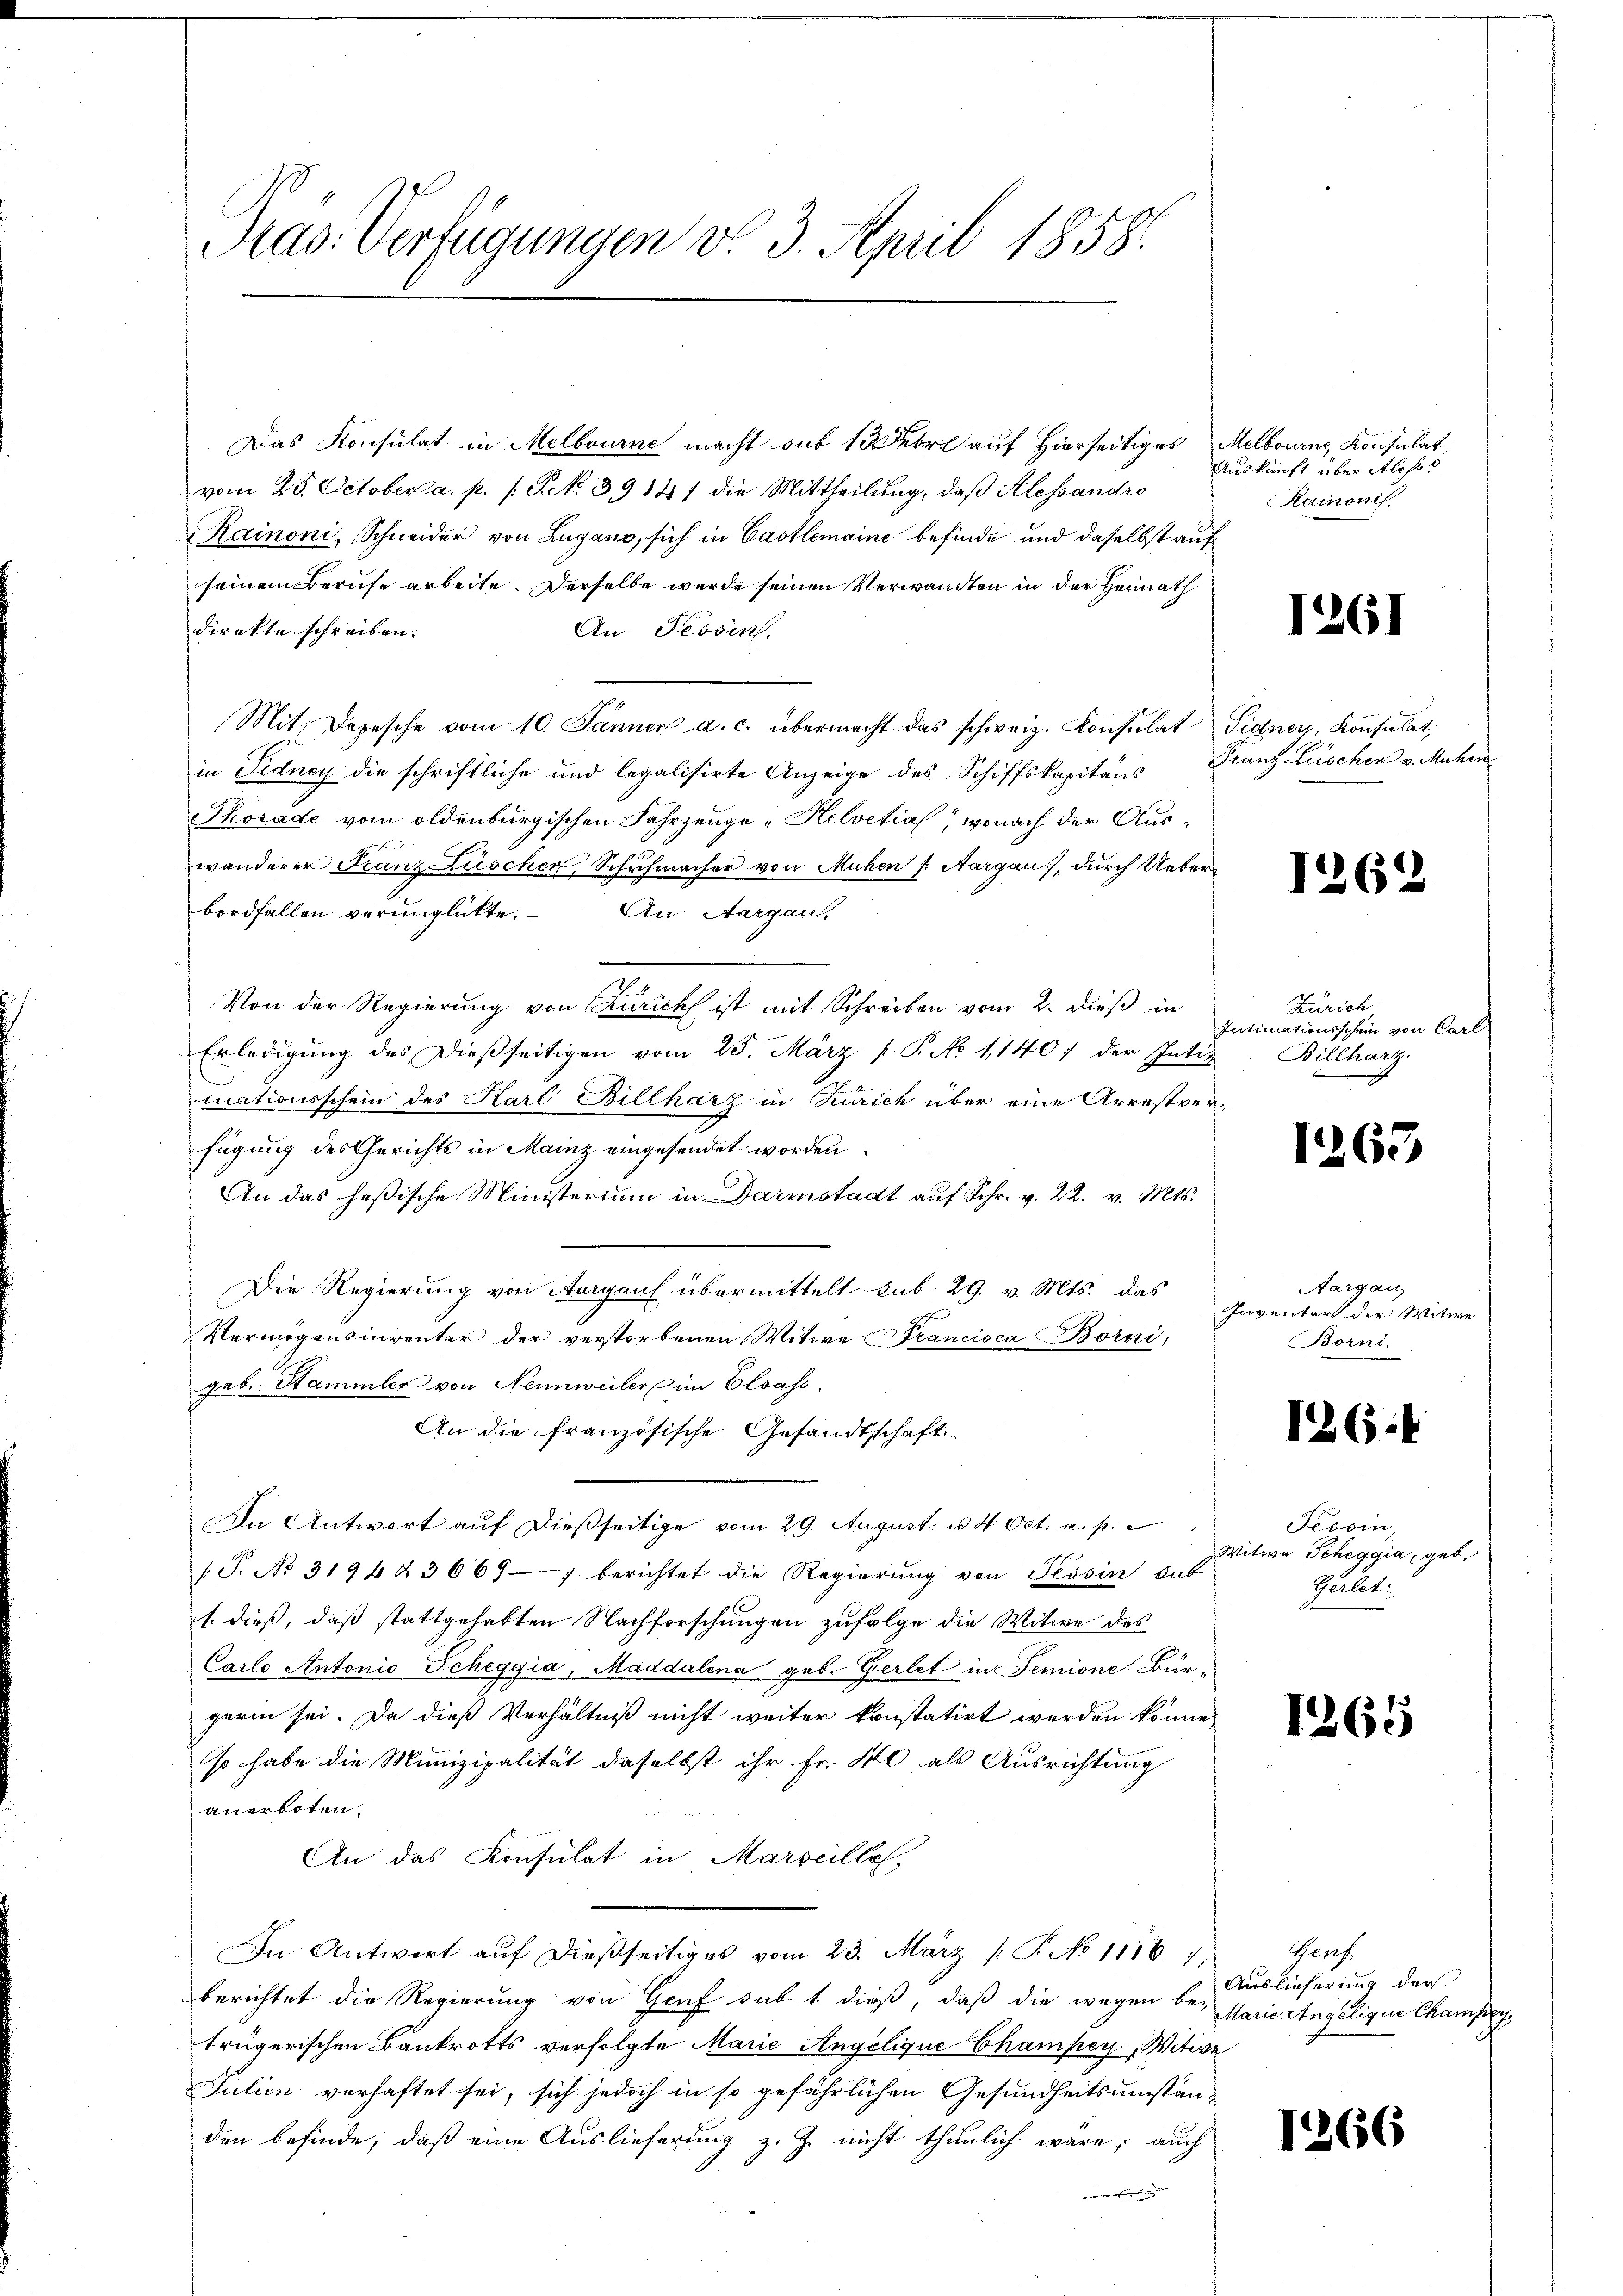
Pras: Verfügungen v. 3. April 1858.

Das Konsulat in Melbourne macht sub 10 rl auf Hierseitiges
vom 25. October a. p. s. S. 39147 die Mittheilung, daß Alessandro
Rainoni, Schneider von Lugano, sich in Castlemaine befinde und daselbst auf
seinem Berufe arbeite. Derselbe werde seinen Verwandten in der Heimath
direkte schreiben.
An Tessin.
Mit Depesche vom 10. Jänner a. c. übermacht das schweiz. Konsulat Sidner, Konsulat,
in Fidney die schriftliche und legalisirte Anzeige des Schiffskapitäns Franz Lüschen v. Muhr¬
Tkorade vom oldenburgischen Fahrzeuge „Helvetia, wonach der Auswanderer Franz Lüscher, Schuhmacher von Mühen Aargau, durch Ueberbordfallen verunglückte. An Aargaus,
Von der Regierung von Zürich ist mit Schreiben vom 2. dieß in
Erledigung des Dießseitigen vom 25. März v. P. No 1,1407 der Intiz
mationsschein des Karl Billharz in Zürich über eine Arrestver-
fügung des Gerichts in Mainz eingesendet worden.
An das hesische Ministerium in Darmstadt aŭf Schr. v. 22. v. Mts.
 Die Regierung von Aargaus übermittelt sub. 29. v. Mts. das
Vermögensinventar der verstorbenen Witwe Francisca Borni,
geb. Stammler von Nennweiler im Elsass.
An die französische Gesandtschaft
In Antwort auf dießseitige vom 29. August u. 4. Oct. a. p.
/T. No 3194 & 366 berichtet die Regierŭng von Tessin sub
1. dieß, daß stattgehabten Nachforschungen zufolge die Witwe des
Carlo Antonio Scheggia, Maddalena geb. Gerlet in Semione Bürgerin sei. Da dieß Verhältniß nicht weiter konstatirt werden könne,
so habe die Munizipalität daselbst ihr Fr. 40 als Ausrichtung
anerboten.
An das Konsulat in Marseilles,
In Antwort aŭf dießseitiges vom 23. März /: P. No 1116. 7.
berichtet die Regierung von Graf sub 1. dieß, daß die wegen be-
trügerischen Bankrotts verfolgte Marie Angelique Champey, Witwe
Julien vorhaftet sei, sich jedoch in so gefährlichen Gesundheitsumständen befinde, daß eine Auslieferung z. Z. nicht thunlich wäre; auch
 Eigen

Melbourne Konsulat
Auskunft über Aless
Rainonis.

1261

126

Zürich
Intimationsschein von Carl
Billharz.

1263

Aargau,
Inventar der Witwe
Borni

126.

Fesoin,
Witwe Scheggia, geb.
Zeilet.

1265

Gerf
Auslieferung der
Marie Angelique Chamsey,

1266